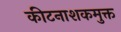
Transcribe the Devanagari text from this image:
कीटनाशकमुक्त